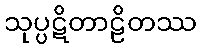
သုပ္ပဋိတာဠိတဿ